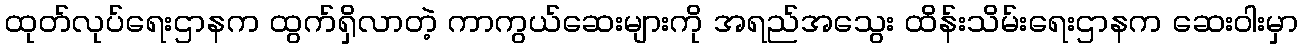
ထုတ်လုပ်ရေးဌာနက ထွက်ရှိလာတဲ့ ကာကွယ်ဆေးများကို အရည်အသွေး ထိန်းသိမ်းရေးဌာနက ဆေးဝါးမှာ